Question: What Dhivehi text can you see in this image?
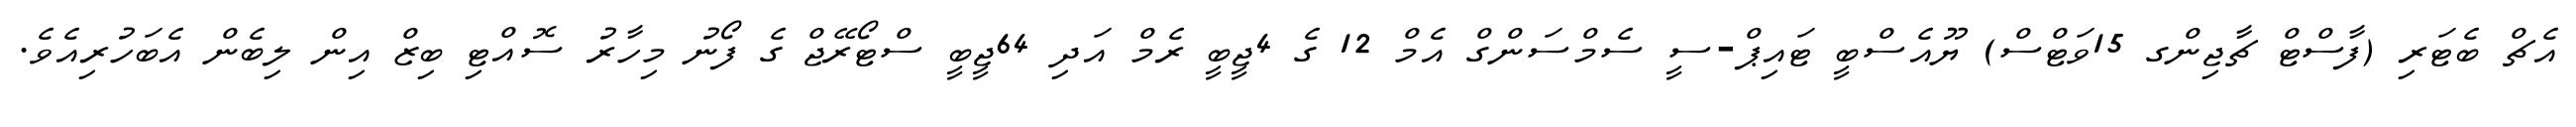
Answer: އެޗް ބެޓަރި (ފާސްޓް ޗާޖިންގ 15ވަޓްސް) ޔޫއެސްބީ ޓައިޕް-ސީ ސެމްސަންގް އެމް 12 ގެ 4ޖީބީ ރެމް އަދި 64ޖީބީ ސްޓޯރޭޖް ގެ ފޯނު މިހާރު ސޮއްޓި ބިޒް އިން ލިބެން އެބަހުރިއެވެ.